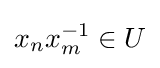
x_{n}x_{m}^{-1}\in U